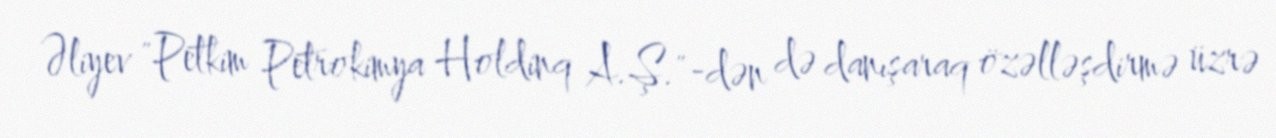
Əliyev "Petkim Petrokimya Holdinq A.Ş."-dən də danışaraq özəlləşdirmə üzrə